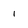
Character: 1